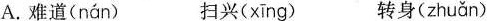
A. 难道( nán ) 扫兴( xīng ) 转身( zhuǎn )